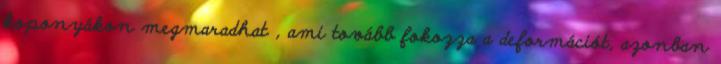
koponyákon megmaradhat , ami tovább fokozza a deformációt, azonban